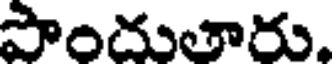
పొందుతారు.